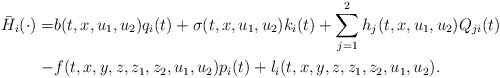
\begin{align*}\begin{aligned}\bar{H}_{i}(\cdot)=& b(t,x,u_1,u_2)q_i(t)+\sigma(t,x,u_1,u_2)k_i(t)+\sum_{j=1}^2h_j(t,x,u_1,u_2)Q_{ji}(t)\\-&f(t,x,y,z,z_1,z_2,u_1,u_2)p_i(t)+l_i(t,x,y,z,z_1,z_2,u_1,u_2).\\\end{aligned}\end{align*}